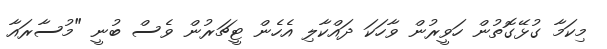
މިކަމާ ގުޅޭގޮތުން ހަވީރުން ވާހަކަ ދައްކާލި އެހެން ޓީޗަރުން ވެސް ބުނީ "މުސާރައާ